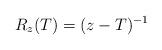
LaTeX: \begin{align*}R_z(T) = (z-T)^{-1}\end{align*}